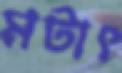
মটাৎ